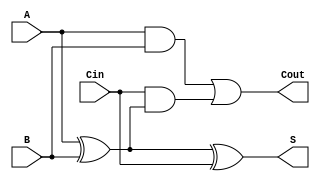
module full_adder (
    input wire A,      // First input bit
    input wire B,      // Second input bit
    input wire Cin,    // Carry-in bit
    output wire S,     // Sum output
    output wire Cout   // Carry-out output
);

    // Internal signals for the logic computations
    wire A_xor_B; // Intermediate signal for A XOR B

    // Sum calculation
    assign A_xor_B = A ^ B;  // A XOR B
    assign S = A_xor_B ^ Cin; // S = (A XOR B) XOR Cin

    // Carry-out calculation
    assign Cout = (A & B) | (Cin & A_xor_B); // Cout = (A AND B) OR (Cin AND (A XOR B))

endmodule